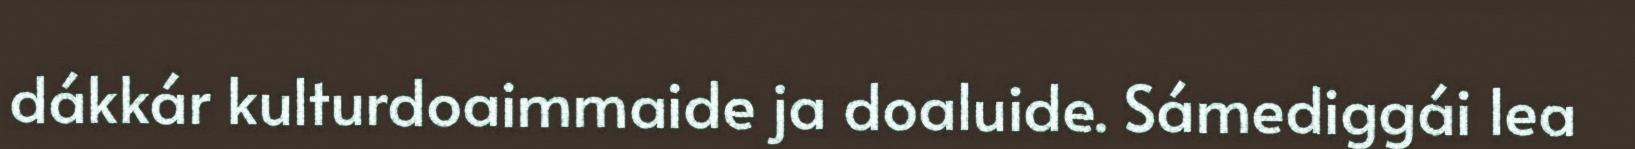
dákkár kulturdoaimmaide ja doaluide. Sámediggái lea